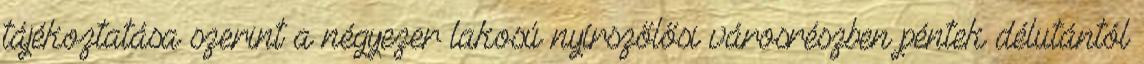
tájékoztatása szerint a négyezer lakosú nyírszőlősi városrészben péntek délutántól